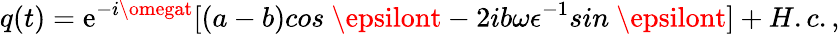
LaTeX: q(t)=\mathrm{e}^{-i\omegat}[(a-b)cos~\epsilont-2ib\omega\epsilon^{-1}sin~\epsilont]+H.c.,